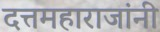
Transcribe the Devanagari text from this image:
दत्तमहाराजांनी